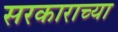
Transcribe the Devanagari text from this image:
सरकाराच्या